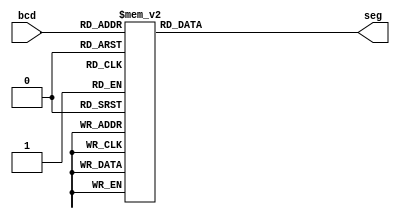
//BCD to 7-segment LED

module bcd_7seg(bcd,seg);
input [3:0] bcd;
output reg [6:0] seg;
always @(bcd)
case(bcd)
0 : seg = 7'b0000001;
1 : seg = 7'b1001111;
2 : seg = 7'b0010010;
3 : seg = 7'b0000110;
4 : seg = 7'b1001100;
5 : seg = 7'b0100100;
6 : seg = 7'b0100000;
7 : seg = 7'b0001111;
8 : seg = 7'b0000000;
9 : seg = 7'b0000001;
default : seg = 7'b1111111;
endcase
endmodule